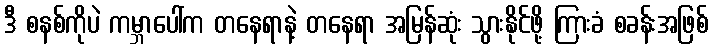
ဒီ စနစ်ကိုပဲ ကမ္ဘာပေါ်က တနေရာနဲ့ တနေရာ အမြန်ဆုံး သွားနိုင်ဖို့ ကြားခံ စခန်းအဖြစ်